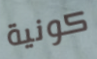
كونية